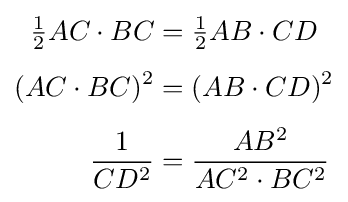
{\begin{aligned}{\tfrac {1}{2}}AC\cdot BC&={\tfrac {1}{2}}AB\cdot CD\\[4pt](AC\cdot BC)^{2}&=(AB\cdot CD)^{2}\\[4pt]{\frac {1}{CD^{2}}}&={\frac {AB^{2}}{AC^{2}\cdot BC^{2}}}\end{aligned}}